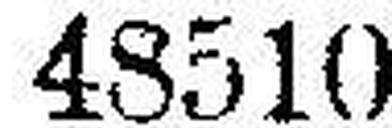
48510